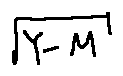
\sqrt { Y - M }